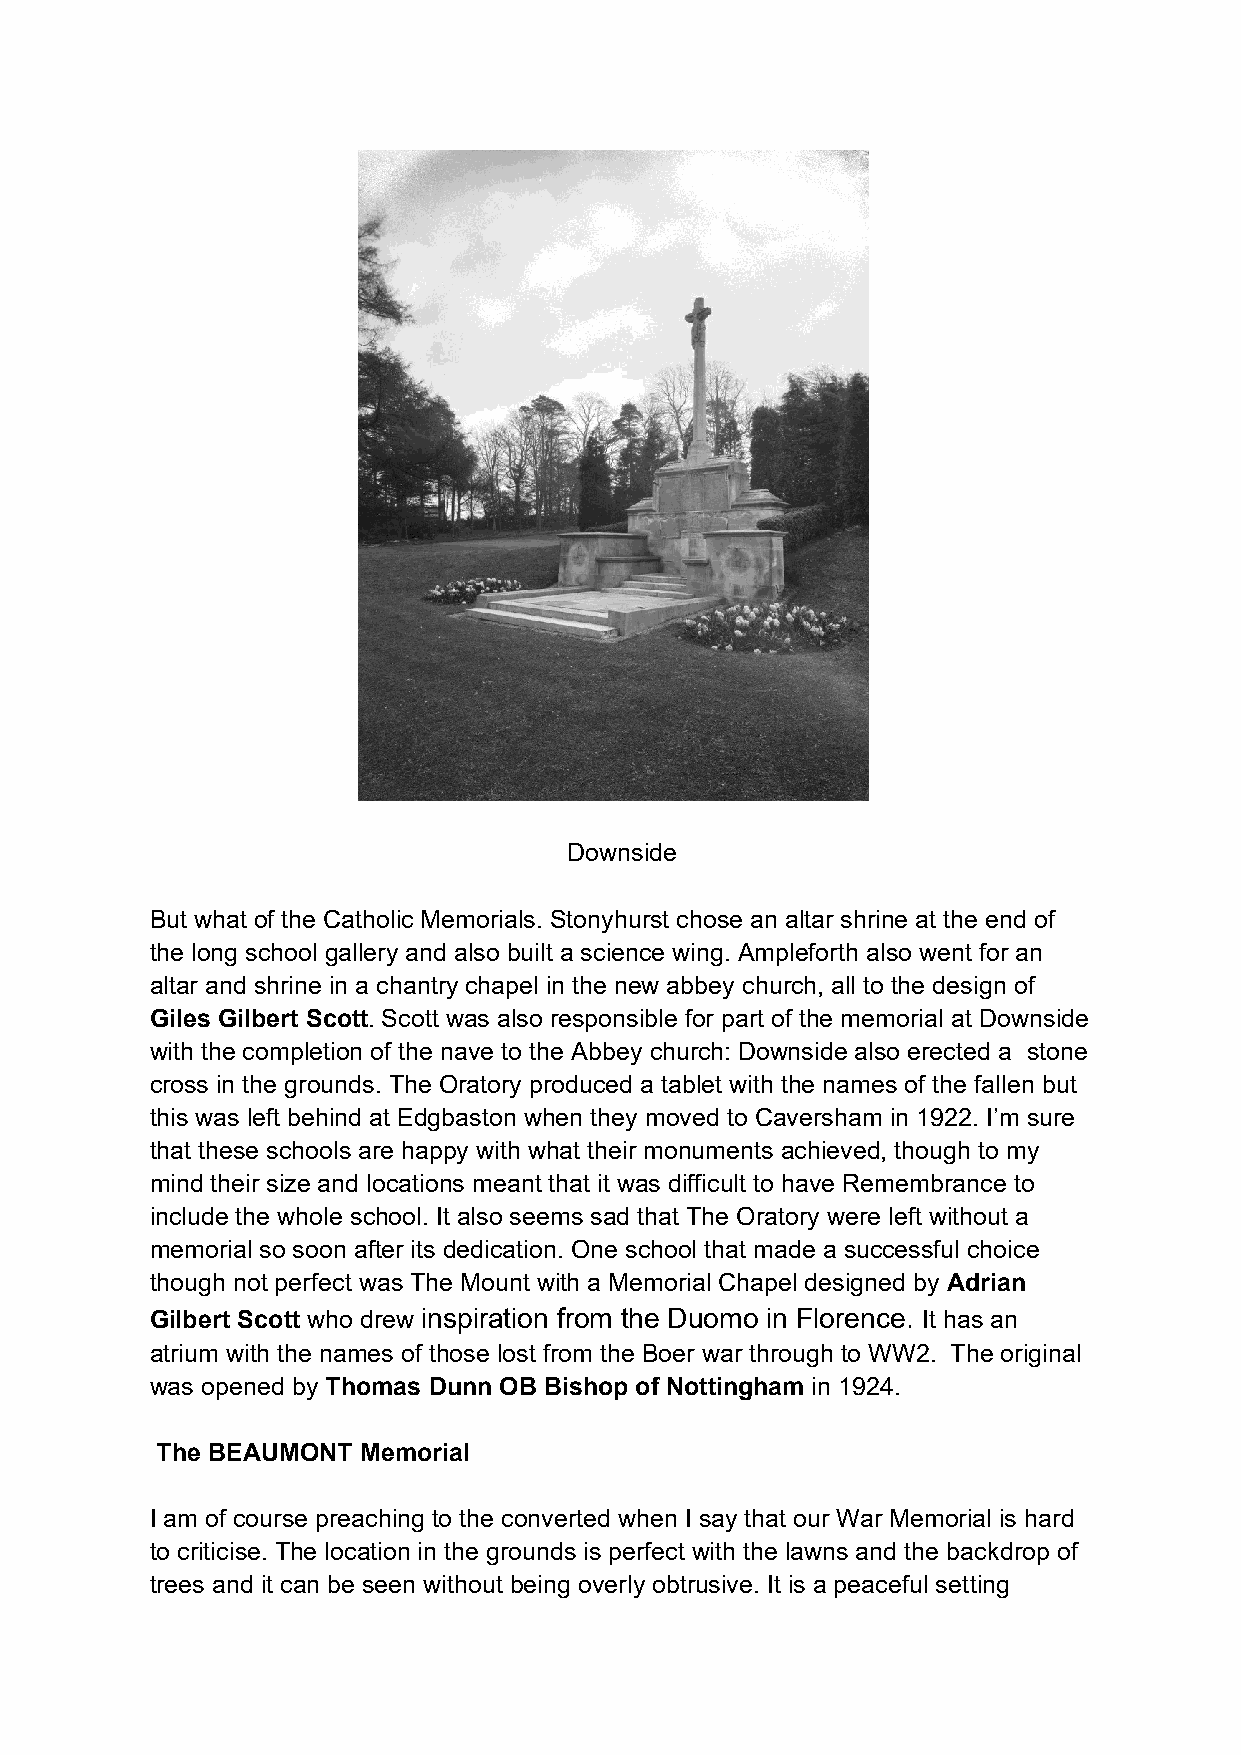
Downside
 But what of the Catholic Memorials. Stonyhurst chose an altar shrine at the end of
 the long school gallery and also built a science wing. Ampleforth also went for an
 altar and shrine in a chantry chapel in the new abbey church, all to the design of
 Giles Gilbert Scott. Scott was also responsible for part of the memorial at Downside
 with the completion of the nave to the Abbey church: Downside also erected a stone
 cross in the grounds. The Oratory produced a tablet with the names of the fallen but
 this was left behind at Edgbaston when they moved to Caversham in 1922. I’m sure
 that these schools are happy with what their monuments achieved, though to my
 mind their size and locations meant that it was difficult to have Remembrance to
 include the whole school. It also seems sad that The Oratory were left without a
 memorial so soon after its dedication. One school that made a successful choice
 though not perfect was The Mount with a Memorial Chapel designed by Adrian
 Gilbert Scott who drew inspiration from the Duomo in Florence. It has an
 atrium with the names of those lost from the Boer war through to WW2. The original
 was opened by Thomas Dunn OB Bishop of Nottingham in 1924.
 The BEAUMONT  Memorial
 I am of course preaching to the converted when I say that our War Memorial is hard
 to criticise. The location in the grounds is perfect with the lawns and the backdrop of
 trees and it can be seen without being overly obtrusive. It is a peaceful setting